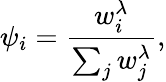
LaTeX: \psi_{i}=\frac{w_{i}^{\lambda}}{\sum_{j}w_{j}^{\lambda}},